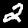
Label: 2